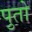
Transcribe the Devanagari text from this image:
पुतो